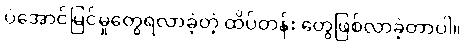
ပဲအောင်မြင်မှုတွေရလာခဲ့တဲ့ ထိပ်တန်း တွေဖြစ်လာခဲ့တာပါ။